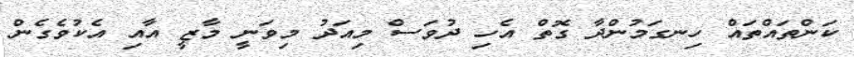
ކަންތައްތައް ހިނގަމުންދާ ގޮތް އެހި ދުވަސް މިއަދު މިވަނީ މާޒީ އާއި އެކުވެގެން